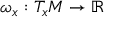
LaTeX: \omega _ { x } : T _ { x } M \to \mathbb { R }